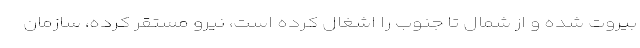
بیروت شده و از شمال تا جنوب را اشغال کرده است، نیرو مستقر کرده، سازمان